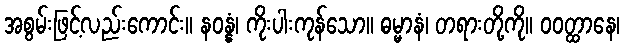
အစွမ်းဖြင့်လည်းကောင်း။ နဝန္နံ၊ ကိုးပါးကုန်သော။ ဓမ္မာနံ၊ တရားတို့ကို။ ဝဝတ္ထာနေ၊